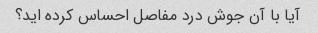
آیا با آن جوش درد مفاصل احساس کرده اید؟